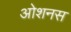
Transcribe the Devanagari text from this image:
ओशनस